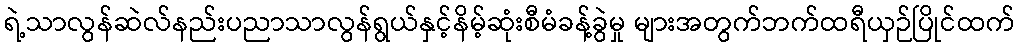
ရဲ့သာလွန်ဆဲလ်နည်းပညာသာလွန်ရွယ်နှင့်နိမ့်ဆုံးစီမံခန့်ခွဲမှု များအတွက်ဘက်ထရီယှဉ်ပြိုင်ထက်